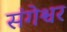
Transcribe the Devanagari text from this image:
संगेश्वर